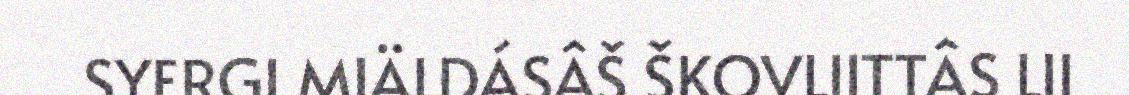
SYERGI MIÄLDÁSÂŠ ŠKOVLIITTÂS LII